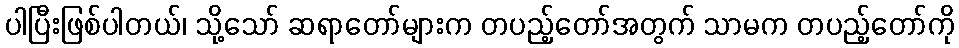
ပါပြီးဖြစ်ပါတယ်၊ သို့သော် ဆရာတော်များက တပည့်တော်အတွက် သာမက တပည့်တော်ကို